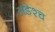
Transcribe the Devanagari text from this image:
अङेश्च